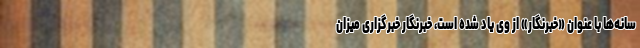
سانه‌ها با عنوان «خبرنگار» از وی یاد شده است، خبرنگار خبرگزاری میزان